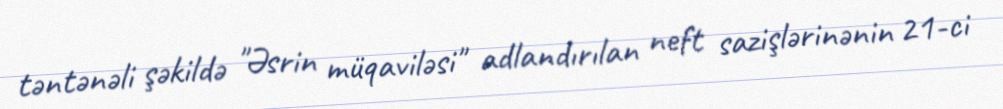
təntənəli şəkildə "Əsrin müqaviləsi" adlandırılan neft sazişlərinənin 21-ci